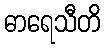
ဓာရေသီတိ